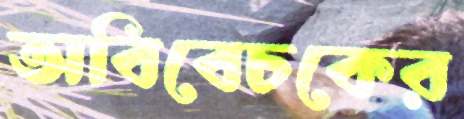
অবিবেচকের